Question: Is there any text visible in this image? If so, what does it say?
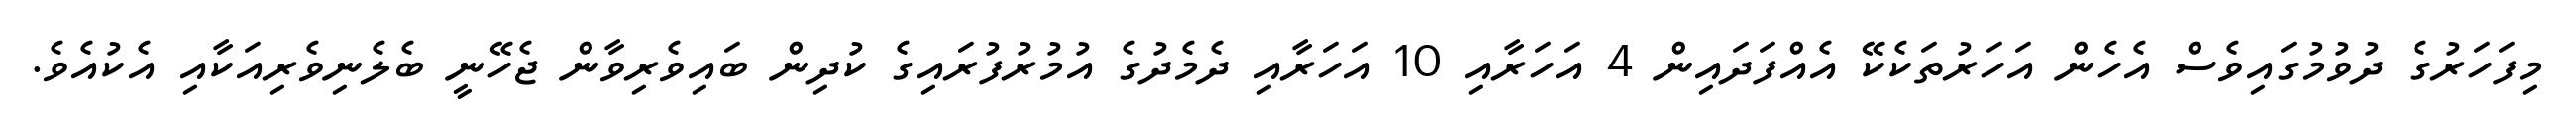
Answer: މިފަހަރުގެ ދުވުމުގައިވެސް އެހެން އަހަރުތަކެކޭ އެއްފަދައިން 4 އަހަރާއި 10 އަހަރާއި ދެމެދުގެ އުމުރުފުރައިގެ ކުދިން ބައިވެރިވާން ޖެހޭނީ ބެލެނިވެރިއަކާއި އެކުއެވެ.